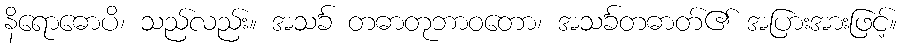
နိရောဓောပိ၊ သည်လည်း။ အသင်္ခ တဓာတုဘာဝတော၊ အသင်္ခတဓာတ်၏ အပြားအားဖြင့်။